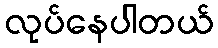
လုပ်နေပါတယ်